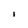
Character: l